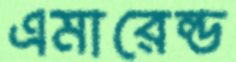
এমারেল্ড